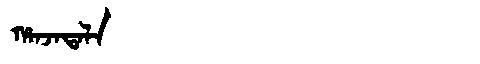
Manchu: ᡥᠠᠨᠵᠠᡨᠠᠯᠠ
Romanization: HANJATALA